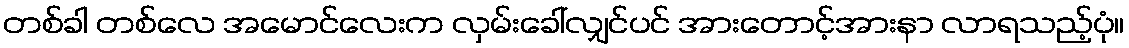
တစ်ခါ တစ်လေ အမောင်လေးက လှမ်းခေါ်လျှင်ပင် အားတောင့်အားနာ လာရသည့်ပုံ။